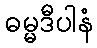
ဓမ္မဒီပါနံ